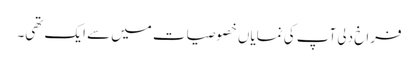
فراخ دلی آپ کی نمایاں خصوصیات میں سے ایک تھی۔